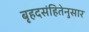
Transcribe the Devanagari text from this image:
बृहदसंहितेनुसार